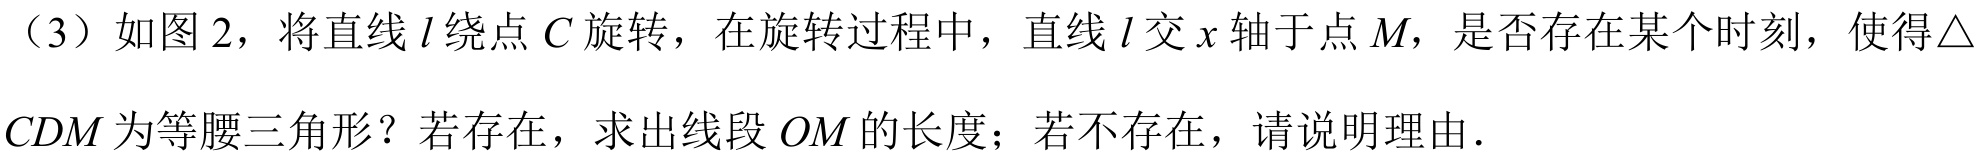
（3）如图2，将直线\(l\)绕点\(C\)旋转，在旋转过程中，直线\(l\)交\(x\)轴于点\(M\)，是否存在某个时刻，使得\(\triangle\)
\(CDM\)为等腰三角形？若存在，求出线段\(OM\)的长度；若不存在，请说明理由.